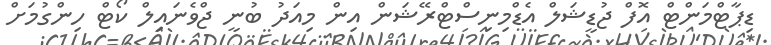
ޑިޕާޓްމަންޓް އޮފް ޖުޑީޝަލް އެޑްމިނިސްޓްރޭޝަން އިން މިއަދު ބުނީ ޖްވެނައިލް ކޯޓް ހިންގުމަށް